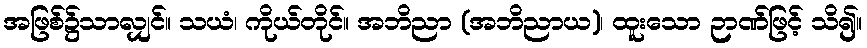
အဖြစ်၌သာလျှင်။ သယံ၊ ကိုယ်တိုင်။ အဘိညာ (အဘိညာယ)၊ ထူးသော ဉာဏ်ဖြင့် သိ၍။